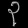
Digit: ၃